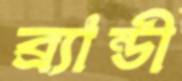
ব্র্যান্ডী